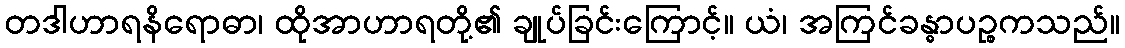
တဒါဟာရနိရောဓာ၊ ထိုအာဟာရတို့၏ ချုပ်ခြင်းကြောင့်။ ယံ၊ အကြင်ခန္ဓာပဉ္စကသည်။